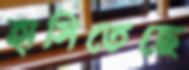
হাসিতেছে